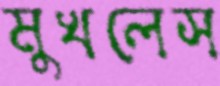
মুখলেস